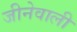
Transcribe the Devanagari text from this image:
जीनेवाली